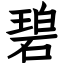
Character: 碧